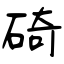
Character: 碕